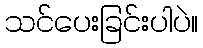
သင်ပေးခြင်းပါပဲ။